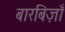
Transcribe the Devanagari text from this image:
बारबिज़ाँ